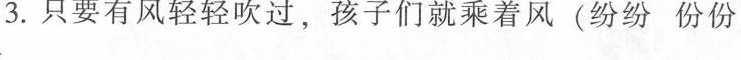
3. 只要有风轻轻吹过，孩子们就乘着风(纷纷份份)出发。